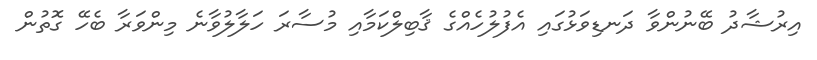
އިރުޝާދު ބޭނުންވާ ދަނޑިވަޅުގައި އެފުލުހެއްގެ ޤާބިލްކަމާއި މުސާރަ ހަލާލުވާނެ މިންވަރާ ބެހޭ ގޮތުން